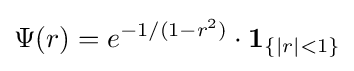
\Psi (r)=e^{-1/(1-r^{2})}\cdot \mathbf {1} _{\{|r|<1\}}